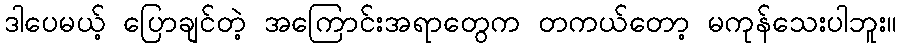
ဒါပေမယ့် ပြောချင်တဲ့ အကြောင်းအရာတွေက တကယ်တော့ မကုန်သေးပါဘူး။